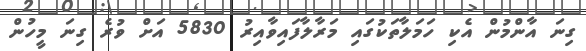
ގިނަ އާންމުން އެކި ހަމަލާތަކުގައި މަރާލާފައިވާއިރު 5830 އަށް ވުރެ ގިނަ މީހުން